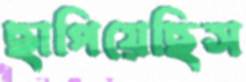
ছাপিয়েছিস